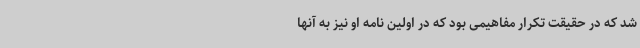
شد که در حقیقت تکرار مفاهیمی بود که در اولین نامه او نیز به آنها